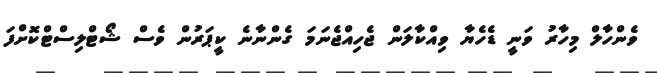
ވެންހާލް މިހާރު ވަނީ ޑެހެޔާ ވިއްކާލަން ޖެހިއްޖެނަމަ ގެންނާނެ ކީޕަރުން ވެސް ޝޯޓްލިސްޓްކޮށްފަ